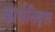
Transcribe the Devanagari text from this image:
कार्यनिवृत्त